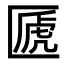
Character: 㔸